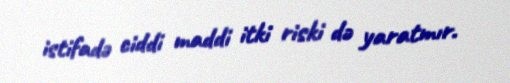
istifadə ciddi maddi itki riski də yaratmır.